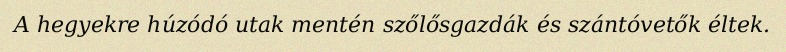
A hegyekre húzódó utak mentén szőlősgazdák és szántóvetők éltek.